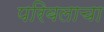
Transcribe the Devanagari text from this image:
परिबलाचा